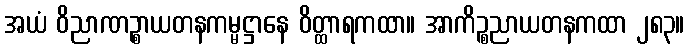
အယံ ဝိညာဏဉ္စာယတနကမ္မဋ္ဌာနေ ဝိတ္ထာရကထာ။ အာကိဉ္စညာယတနကထာ ၂၈၃။